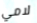
لامي